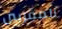
المقربين